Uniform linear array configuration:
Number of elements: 32
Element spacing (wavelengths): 0.5
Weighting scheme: kaiser
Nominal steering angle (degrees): -45
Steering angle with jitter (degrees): -43.183
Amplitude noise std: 0.05
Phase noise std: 0.05

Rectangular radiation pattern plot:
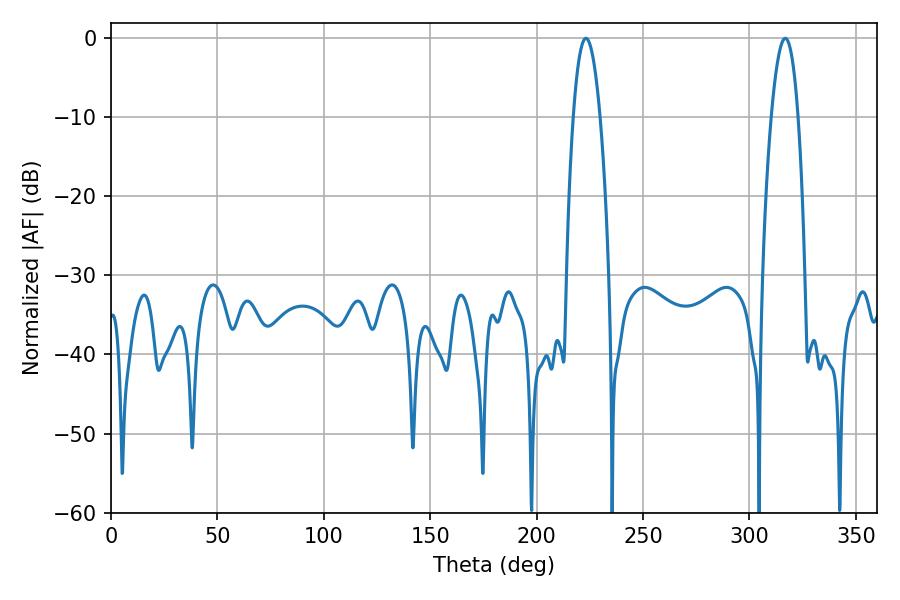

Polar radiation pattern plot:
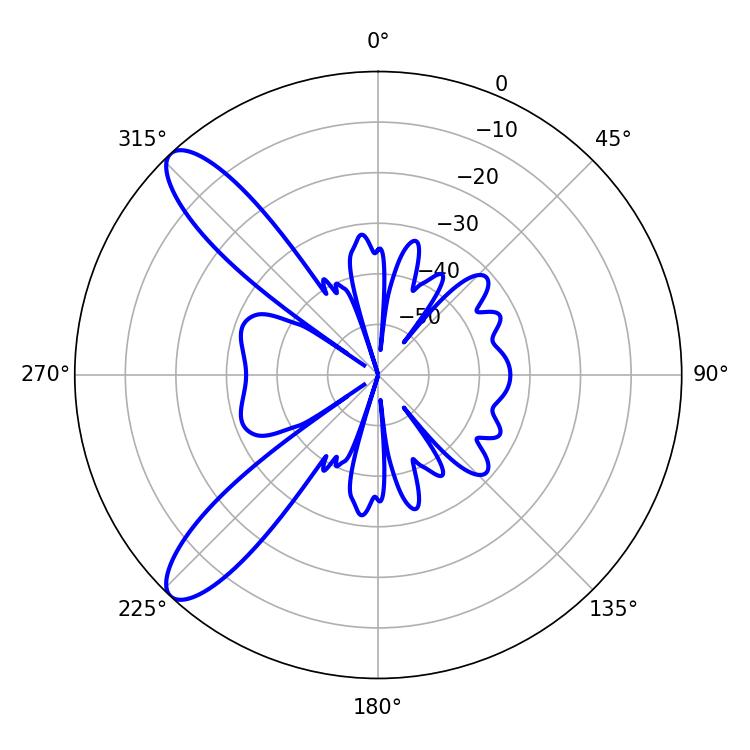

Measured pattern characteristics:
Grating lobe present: FALSE
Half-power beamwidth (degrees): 7.02
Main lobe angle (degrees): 223.2